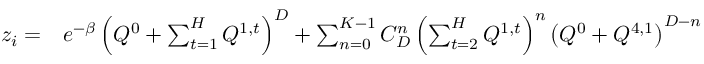
\begin{array} { r l } { z _ { i } = } & { { } e ^ { - \beta } \left( Q ^ { 0 } + \sum _ { t = 1 } ^ { H } Q ^ { 1 , t } \right) ^ { D } + \sum _ { n = 0 } ^ { K - 1 } C _ { D } ^ { n } \left( \sum _ { t = 2 } ^ { H } Q ^ { 1 , t } \right) ^ { n } \left( Q ^ { 0 } + Q ^ { 4 , 1 } \right) ^ { D - n } } \end{array}